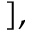
] ,